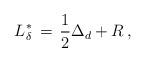
LaTeX: \begin{align*} L_{ \delta}^{ \ast}\, =\, \frac{1}{2}\Delta_d + R\, ,\end{align*}